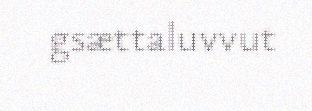
gsættaluvvut